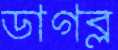
ডাগব্ল